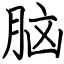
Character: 脑